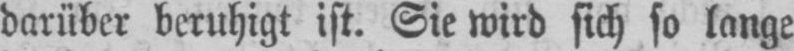
darüber beruhigt ist. Sie wird sich so lange